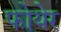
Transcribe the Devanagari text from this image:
फोयेर